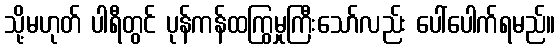
သို့မဟုတ် ပါရီတွင် ပုန်ကန်ထကြွမှုကြီးသော်လည်း ပေါ်ပေါက်ရမည်။